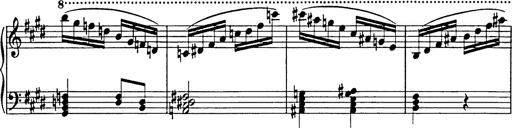
Title: 8 Variations
Composer: Franz Liszt
Key: A-flat major